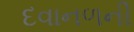
દવાનળની